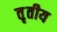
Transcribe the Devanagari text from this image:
त़ृतीय